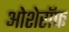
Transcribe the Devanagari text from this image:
ओशेरॉफ